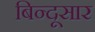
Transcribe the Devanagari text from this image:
बिन्दूसार